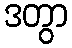
ဒတွာ